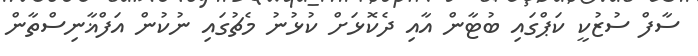
ސާފް ސުޒުކީ ކަޕްގައި ބުޓާން އާއި ދެކޮޅަށް ކުޅުނު މެޗުގައި ނުކުން އަފްޣާނިސްތާން